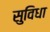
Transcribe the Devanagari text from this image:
सुविधा